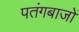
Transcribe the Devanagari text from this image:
पतंगबाजों